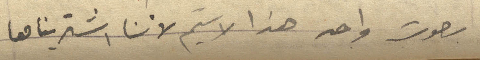
بصوت واحد هذا الاسيم لأننا اشتريناها